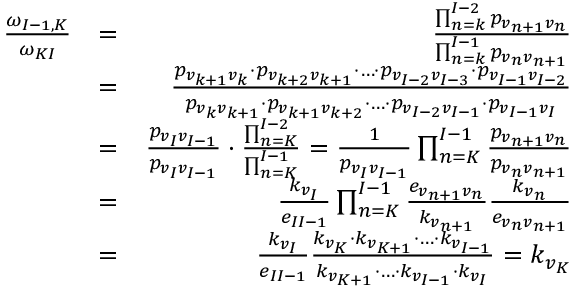
\begin{array} { r l r } { { \frac { \omega _ { I - 1 , K } } { \omega _ { K I } } } } & { = } & { \frac { \prod _ { n = k } ^ { I - 2 } p _ { v _ { n + 1 } v _ { n } } } { \prod _ { n = k } ^ { I - 1 } p _ { v _ { n } v _ { n + 1 } } } } \\ & { = } & { \frac { p _ { v _ { k + 1 } v _ { k } } \cdot p _ { v _ { k + 2 } v _ { k + 1 } } \cdot \ldots \cdot p _ { v _ { I - 2 } v _ { I - 3 } } \cdot p _ { v _ { I - 1 } v _ { I - 2 } } } { p _ { v _ { k } v _ { k + 1 } } \cdot p _ { v _ { k + 1 } v _ { k + 2 } } \cdot \ldots \cdot p _ { v _ { I - 2 } v _ { I - 1 } } \cdot p _ { v _ { I - 1 } v _ { I } } } } \\ & { = } & { \frac { p _ { v _ { I } v _ { I - 1 } } } { p _ { v _ { I } v _ { I - 1 } } } \cdot \frac { \prod _ { n = K } ^ { I - 2 } } { \prod _ { n = K } ^ { I - 1 } } = \frac { 1 } { p _ { v _ { I } v _ { I - 1 } } } \prod _ { n = K } ^ { I - 1 } \frac { p _ { v _ { n + 1 } v _ { n } } } { p _ { v _ { n } v _ { n + 1 } } } } \\ & { = } & { \frac { k _ { v _ { I } } } { e _ { I I - 1 } } \prod _ { n = K } ^ { I - 1 } \frac { e _ { v _ { n + 1 } v _ { n } } } { k _ { v _ { n + 1 } } } \frac { k _ { v _ { n } } } { e _ { v _ { n } v _ { n + 1 } } } } \\ & { = } & { \frac { k _ { v _ { I } } } { e _ { I I - 1 } } \frac { k _ { v _ { K } } \cdot k _ { v _ { K + 1 } } \cdot \ldots \cdot k _ { v _ { I - 1 } } } { k _ { v _ { K + 1 } } \cdot \ldots \cdot k _ { v _ { I - 1 } } \cdot k _ { v _ { I } } } = k _ { v _ { K } } } \end{array}